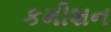
કમીશન